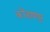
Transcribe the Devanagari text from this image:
कोंढाणपुर